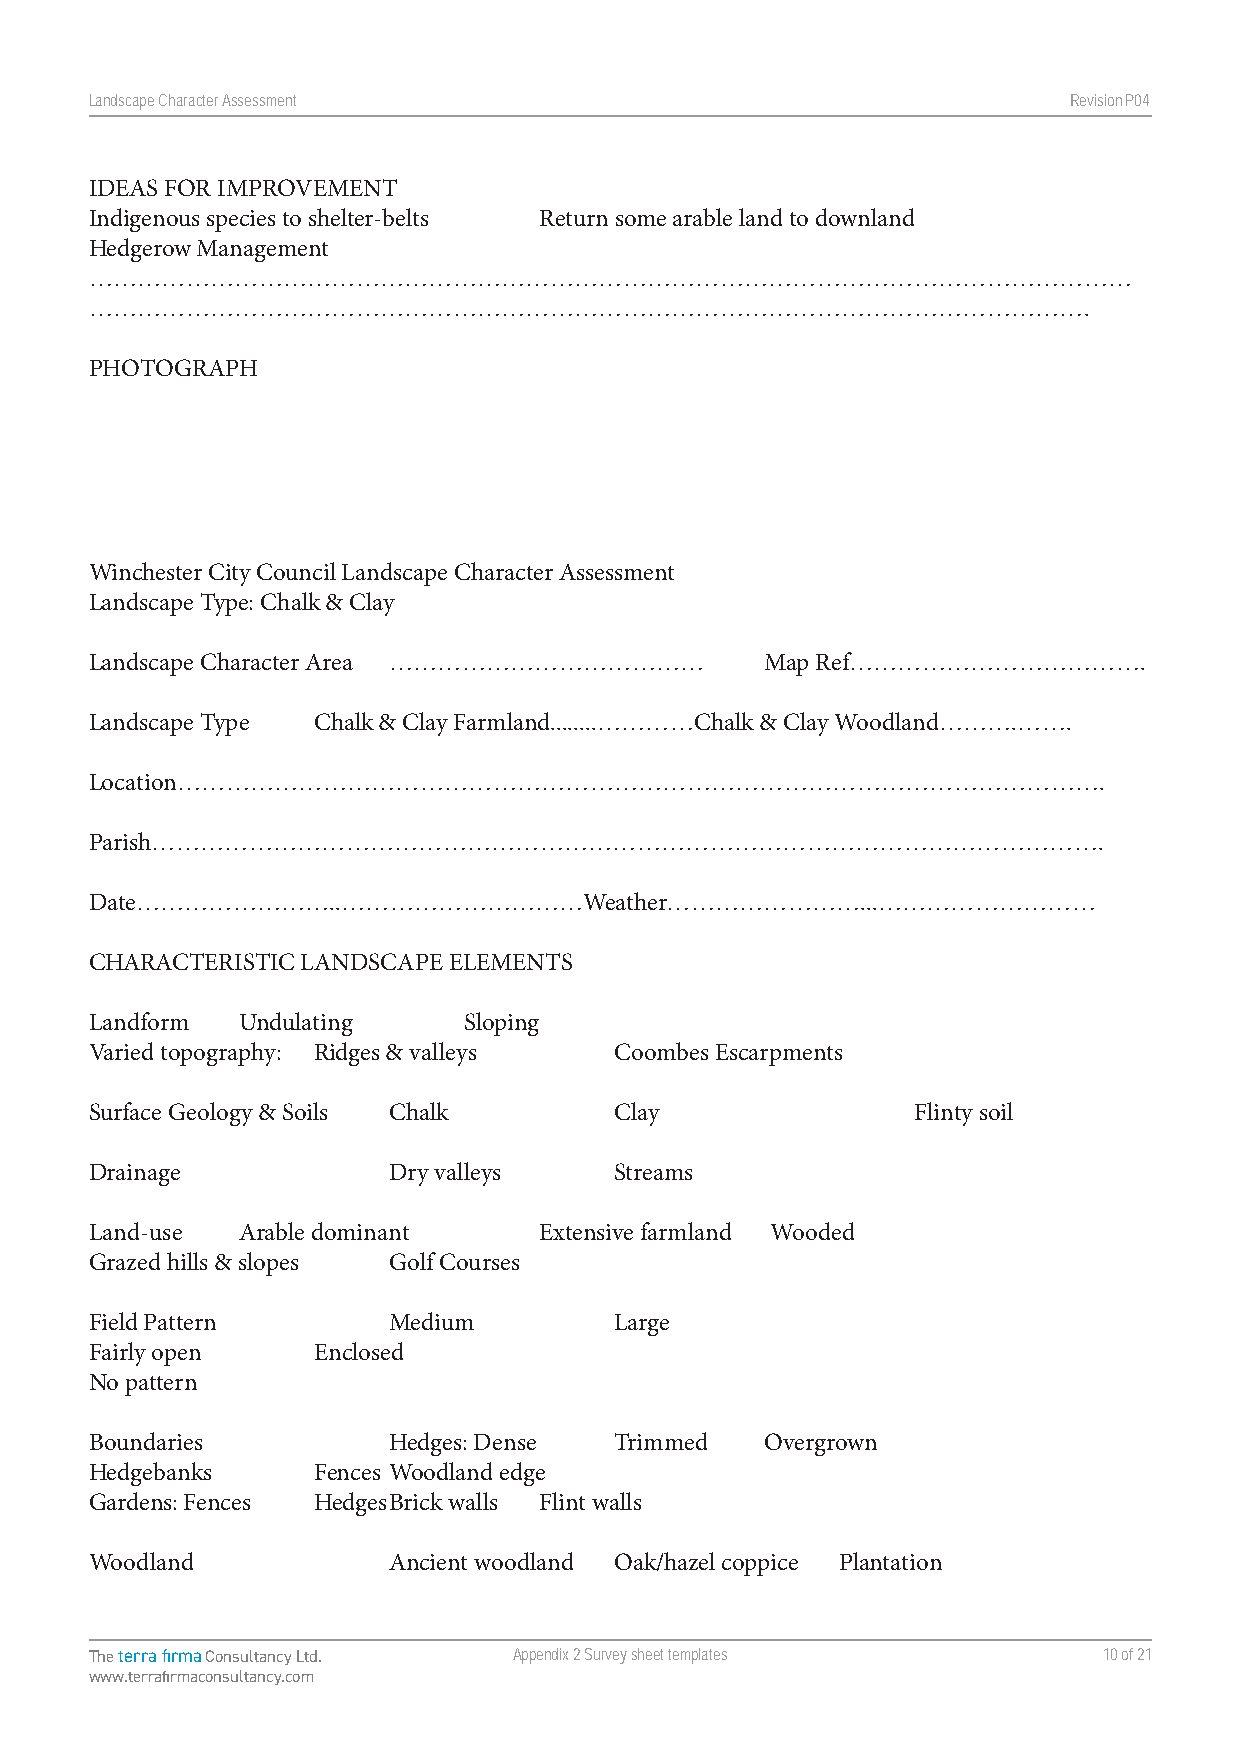
Landscape Character Assessment                                   RevisionP047
 IDEAS FOR IMPROVEMENT
 Indigenous species to shelter-belts Return some arable land to downland
 Hedgerow Management
 …………………………………………………………………………………………………………………
 …………………………………………………………………………………………………………….
 PHOTOGRAPH
 Winchester City Council Landscape Character Assessment
 Landscape Type: Chalk & Clay
 Landscape Character Area …………………………………       Map Ref……………………………….
 Landscape Type Chalk & Clay Farmland........…………Chalk & Clay Woodland……….…….
 Location…………………………………………………………………………………………………….
 Parish……………………………………………………………………………………………………….
 Date……………………..…………………………Weather……………………...………………………
 CHARACTERISTIC LANDSCAPE ELEMENTS
 Landform  Undulating     Sloping
 Varied topography: Ridges & valleys Coombes Escarpments
 Surface Geology & Soils Chalk      Clay               Flinty soil
 Drainage            Dry valleys    Streams
 Land-use  Arable dominant     Extensive farmland Wooded
 Grazed hills & slopes Golf Courses
 Field Pattern       Medium         Large
 Fairly open    Enclosed
 No pattern
 Boundaries          Hedges: Dense  Trimmed   Overgrown
 Hedgebanks     Fences Woodland edge
 Gardens: Fences Hedges Brick walls Flint walls
 Woodland            Ancient woodland Oak/hazel coppice Plantation
 The terra firma Consultancy Ltd. Appendix 2 Survey sheet templates 10 of 21
 www.terrafirmaconsultancy.com